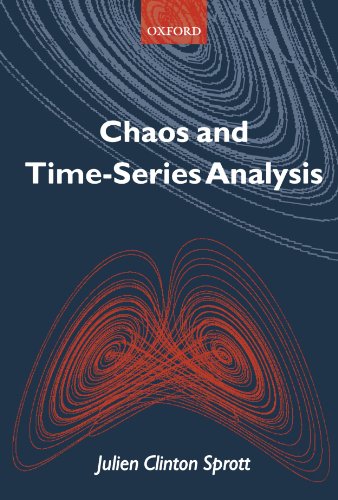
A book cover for Chaos and Time-Series Analysis; J. C. Sprott; Science & Math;